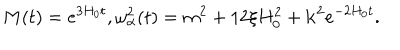
LaTeX: M ( t ) = e ^ { 3 H _ { 0 } t } , \omega _ { \alpha } ^ { 2 } ( t ) = m ^ { 2 } + 1 2 \xi H _ { 0 } ^ { 2 } + { \bf k } ^ { 2 } e ^ { - 2 H _ { 0 } t } .